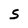
Character: S